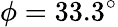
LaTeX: \phi=33.3^{\circ}